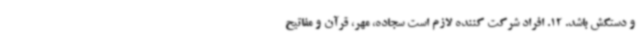
و دستکش باشد. 12. افراد شرکت کننده لازم است سجاده، مهر، قرآن و مفاتیح